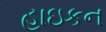
હાઇકન